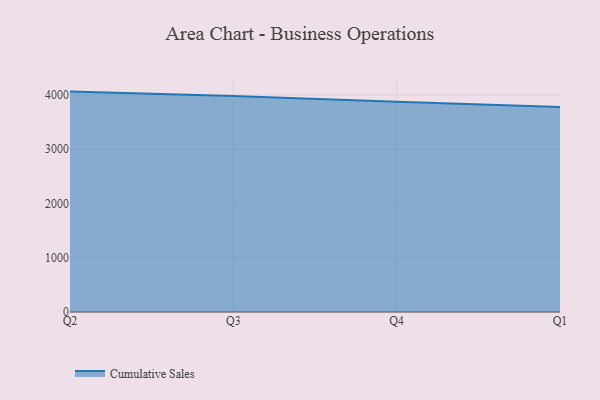
{"axis": {"x": "Quarter", "y": "Temperature (°C)"}, "legend": ["Cumulative Sales"], "data": [{"x": "Q2", "y": 4060.6, "type": "Cumulative Sales"}, {"x": "Q3", "y": 3980.8, "type": "Cumulative Sales"}, {"x": "Q4", "y": 3874.9, "type": "Cumulative Sales"}, {"x": "Q1", "y": 3777.0, "type": "Cumulative Sales"}]}